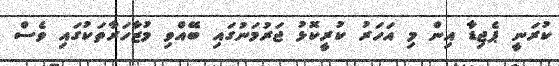
ކުރަނީ ޕެޖިޑާ އިން މި އަހަރު ކުރީކޮޅު ޖަރުމަނުގައި ބޭއްވި މުޒާހަރާތަކުގައި ވެސް